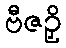
ဗီဇဉှိ